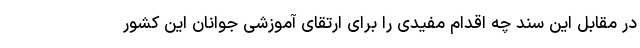
در مقابل این سند چه اقدام مفیدی را برای ارتقای آموزشی جوانان این کشور